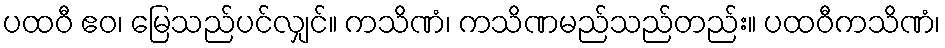
ပထဝီ ဧဝ၊ မြေသည်ပင်လျှင်။ ကသိဏံ၊ ကသိဏမည်သည်တည်း။ ပထဝီကသိဏံ၊